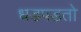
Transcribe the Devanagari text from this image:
धडपडतो